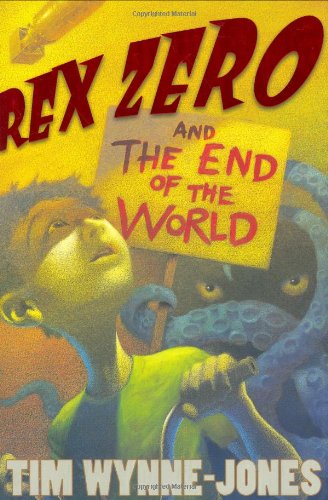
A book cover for Rex Zero and the End of the World; Tim Wynne-Jones; Children's Books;